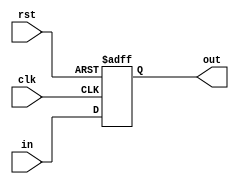
module bit_8_reg (in , clk , rst , out);
input [7:0]in;
input clk;
input rst;
output reg [7:0]out;
always@(posedge rst or posedge clk)
begin
    if(rst)
        out <= 8'b 0000_0000;
    else
        out <= in;
end
endmodule